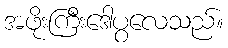
အဖိုးကြီးဒေါပွလေသည်။